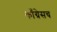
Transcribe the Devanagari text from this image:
काँग्रेसच